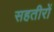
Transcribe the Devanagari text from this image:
सहतीरों